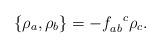
LaTeX: \begin{align*}\{\rho_a, \rho_b\}=-f^{\ \ c}_{ab}\rho_c.\end{align*}